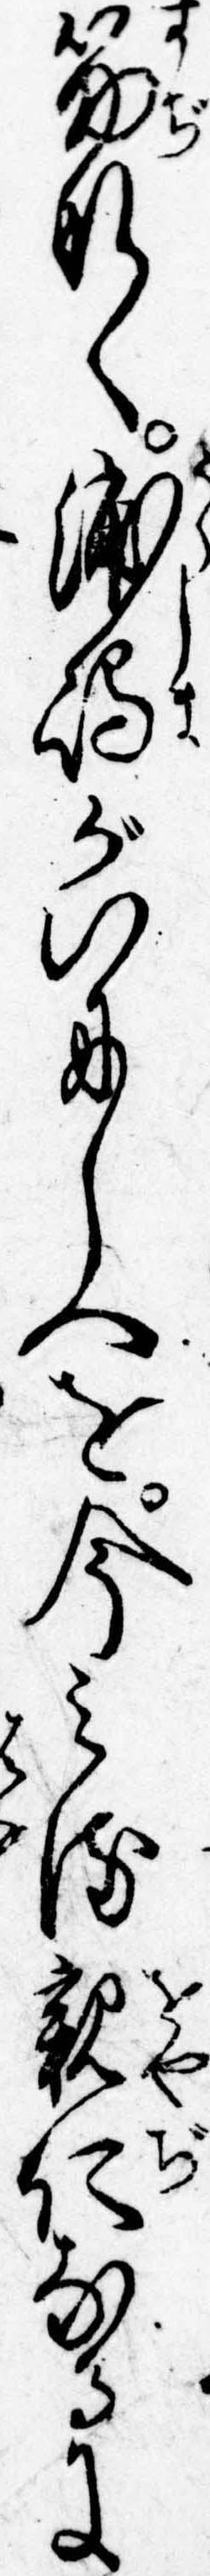
筋なく浦島がいにしへを今みる親仁なるに